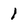
Character: 1